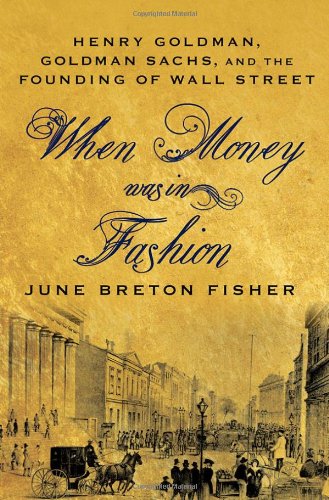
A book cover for When Money Was In Fashion: Henry Goldman, Goldman Sachs, and the Founding of Wall Street; June Breton Fisher; Business & Money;